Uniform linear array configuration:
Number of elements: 8
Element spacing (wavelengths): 0.25
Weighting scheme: binomial
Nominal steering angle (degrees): -15
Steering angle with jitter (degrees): -16.996
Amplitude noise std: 0.05
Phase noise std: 0.05

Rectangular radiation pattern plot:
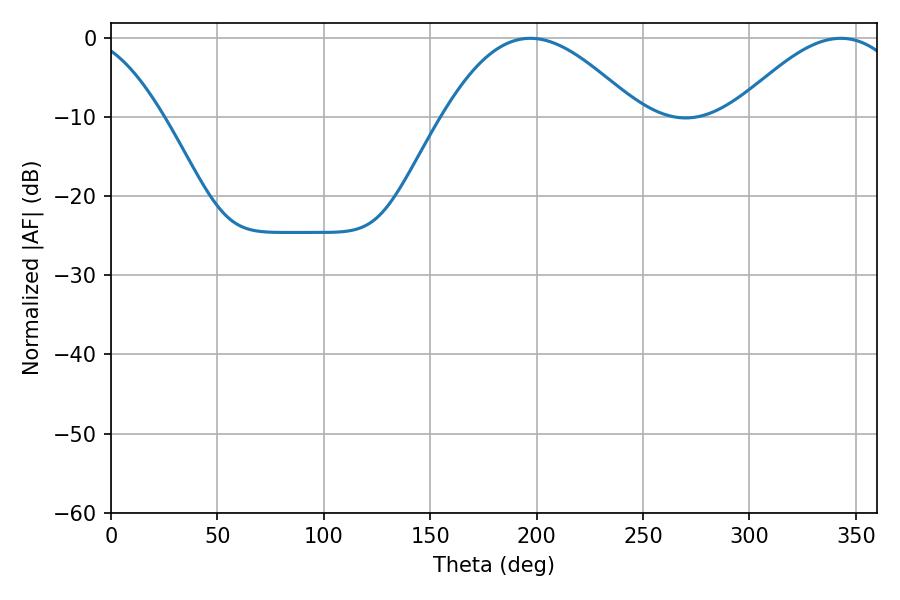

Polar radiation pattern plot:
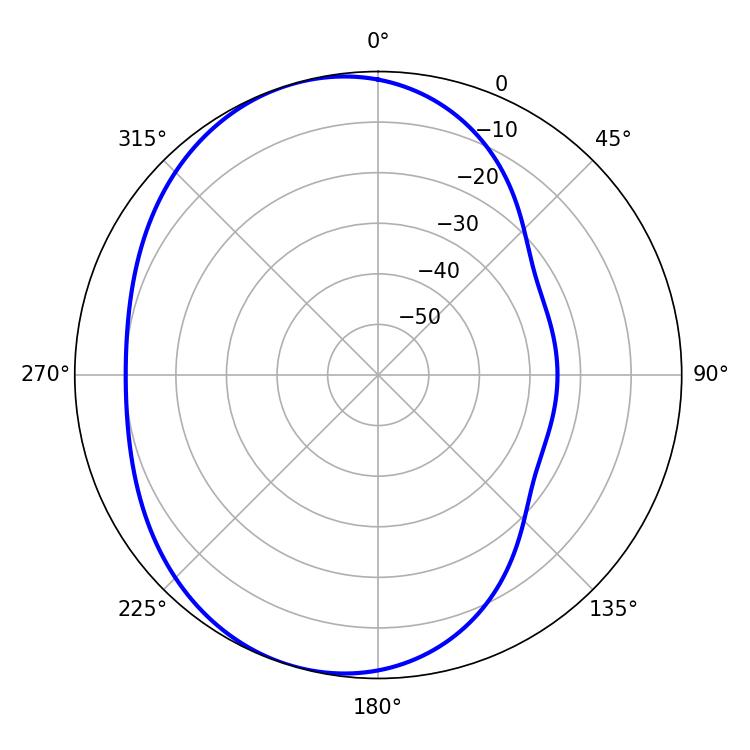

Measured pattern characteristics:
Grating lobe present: FALSE
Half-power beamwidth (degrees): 49.68
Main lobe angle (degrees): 197.1